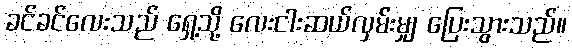
ခင်ခင်လေးသည် ရှေ့သို့ လေးငါးဆယ်လှမ်းမျှ ပြေးသွားသည်။